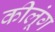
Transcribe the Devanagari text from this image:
कीलूंग